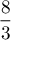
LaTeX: \frac { 8 } { 3 }